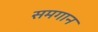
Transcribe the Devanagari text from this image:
समगान